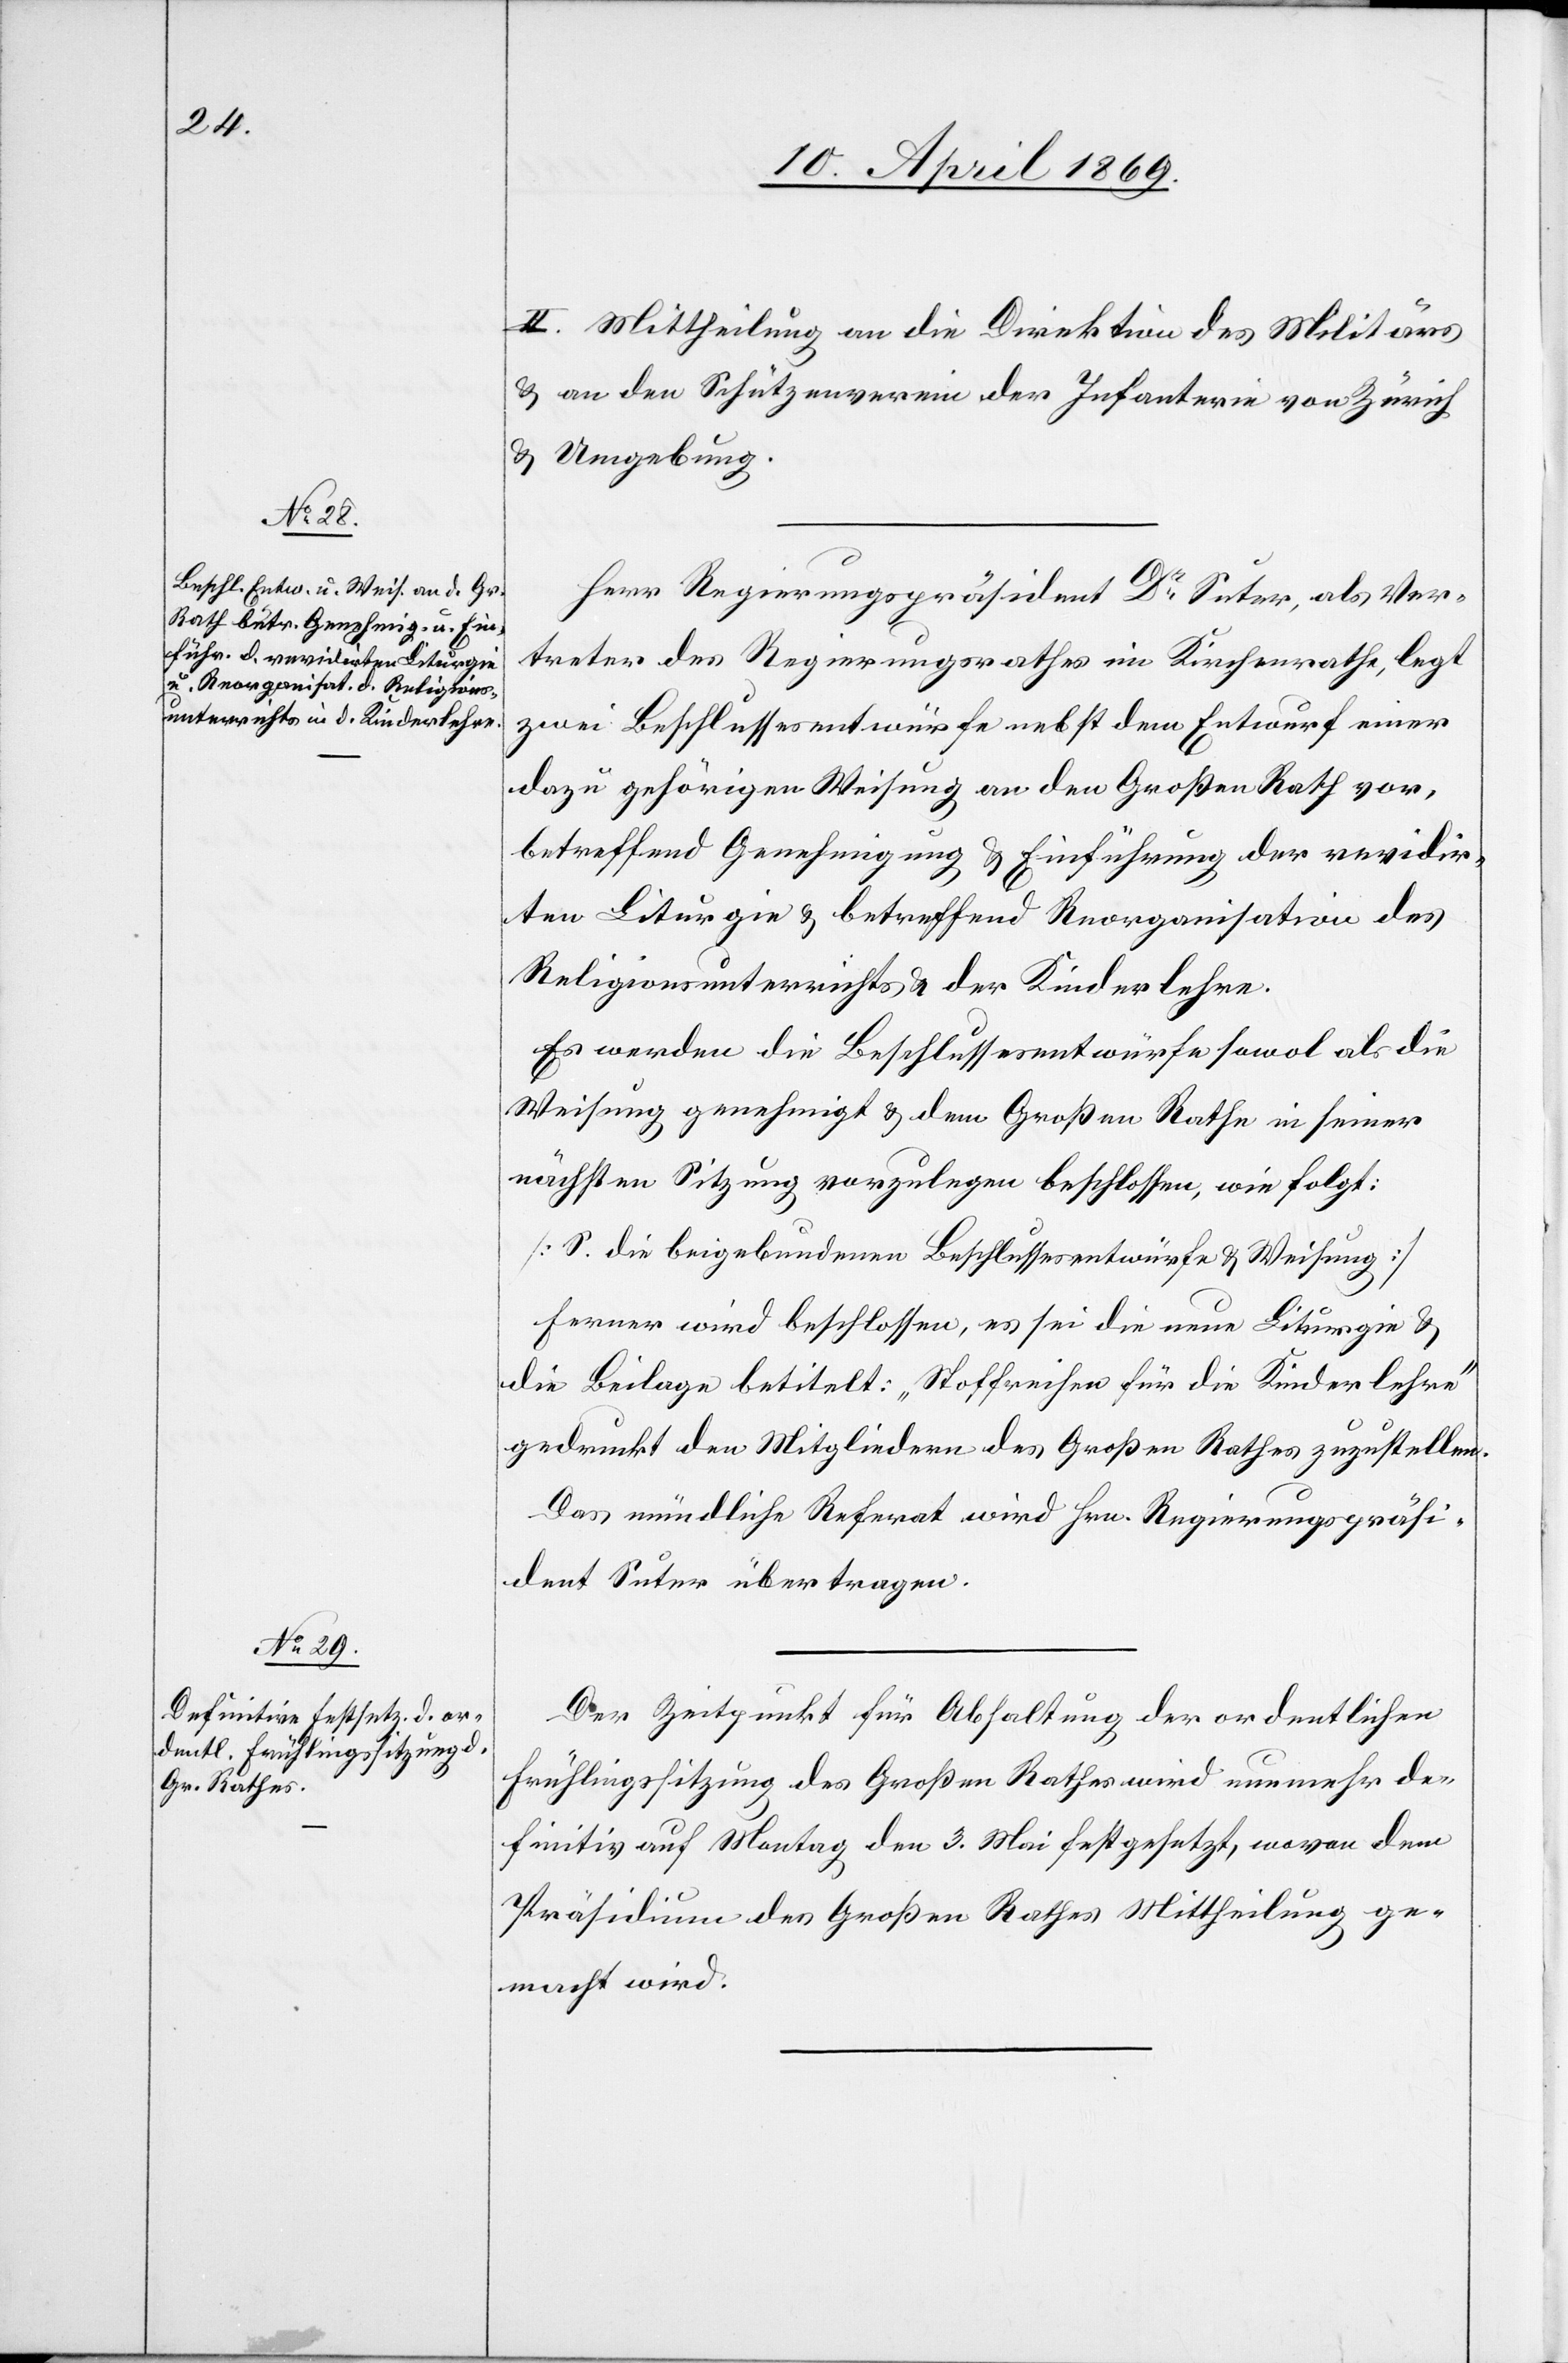
II. Mittheilung an die Direktion des Militärs
u. an den Schützenverein der Infanterie von Zürich
u. Umgebung.
Herr Regierungspräsident Dr Suter, als Ver¬
treter des Regierungsrathes im Kirchenrathe, legt
zwei Beschlussesentwürfe nebst dem Entwurf einer
dazu gehörigen Weisung an den Großen Rath vor,
betreffend Genehmigung u. Einführung der revidir¬
ten Liturgie u. betreffend Reorganisation des
Religionsunterrichts u. der Kinderlehre.
Es werden die Beschlussesentwürfe sowol als die
Weisung genehmigt u. dem Großen Rathe in seiner
nächsten Sitzung vorzulegen beschlossen, wie folgt:
[S. die beigebundenen Beschlussesentwürfe u. Weisung]
Ferner wird beschlossen, es sei die neue Liturgie u.
die Beilage betitelt: „Stoffreihen für die Kinderlehre“
gedruckt den Mitgliedern des Großen Rathes zuzustellen.
Das mündliche Referat wird Hrn. Regierungspräsi¬
dent Suter übertragen.
Der Zeitpunkt für Abhaltung der ordentlichen
Frühlingssitzung des Großen Rathes wird nunmehr de¬
finitiv auf Montag den 3. Mai festgesetzt, wovon dem
Präsidium des Großen Rathes Mittheilung ge¬
macht wird.